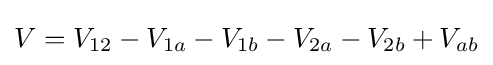
V=V_{12}-V_{1a}-V_{1b}-V_{2a}-V_{2b}+V_{ab}